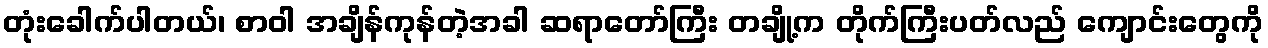
တုံးခေါက်ပါတယ်၊ စာဝါ အချိန်ကုန်တဲ့အခါ ဆရာတော်ကြီး တချို့က တိုက်ကြီးပတ်လည် ကျောင်းတွေကို